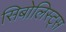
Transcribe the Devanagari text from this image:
सिबोलिस्ट्स